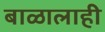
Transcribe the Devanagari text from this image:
बाळालाही